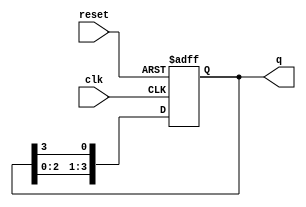
module bistable_ring_counter #(
    parameter N = 4 // Number of flip-flops (states)
)(
    input wire clk,       // Clock input
    input wire reset,     // Asynchronous reset input
    output reg [N-1:0] q // Output state of the counter
);

// Initial state
initial begin
    q = 1'b1; // Set the initial state to 100...0
end

// Synchronous operation with reset
always @(posedge clk or posedge reset) begin
    if (reset) begin
        q <= 1'b1; // Reset to initial state
    end else begin
        // Shift the '1' bit to the right
        q <= {q[N-2:0], q[N-1]}; // Shift right
    end
end

endmodule